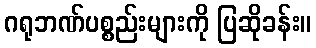
ဂရုဘဏ်ပစ္စည်းများကို ပြဆိုခန်း။